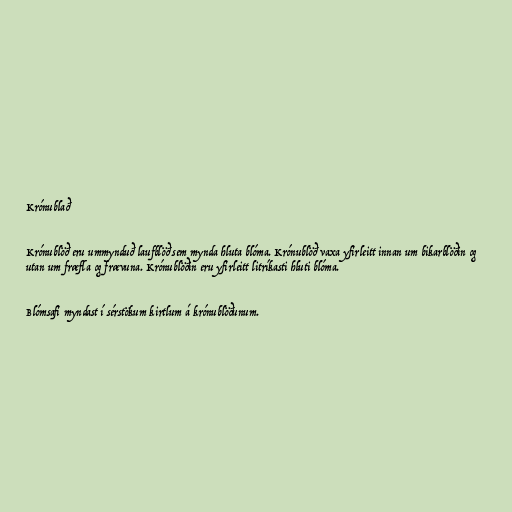
Krónublað

Krónublöð eru ummynduð laufblöð sem mynda hluta blóma. Krónublöð vaxa yfirleitt innan um bikarblöðin og
utan um fræfla og frævuna. Krónublöðin eru yfirleitt litríkasti hluti blóma.

Blómsafi myndast í sérstökum kirtlum á krónublöðunum.